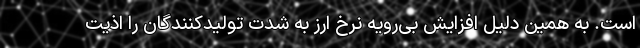
است. به همین دلیل افزایش بی‌رویه نرخ ارز به شدت تولیدکنندگان را اذیت